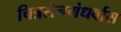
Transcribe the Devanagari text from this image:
चित्रसेनगंधर्वास